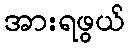
အားရဖွယ်